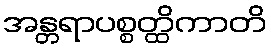
အန္တရာပစ္စတ္ထိကာတိ